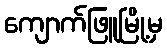
ကျောက်ဖြူမြို့မှ